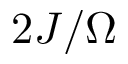
2 J / \Omega